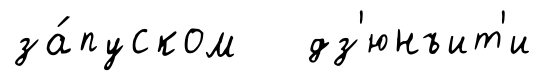
за́пуском дз'юнъит'и